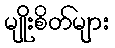
မျိုးစိတ်များ